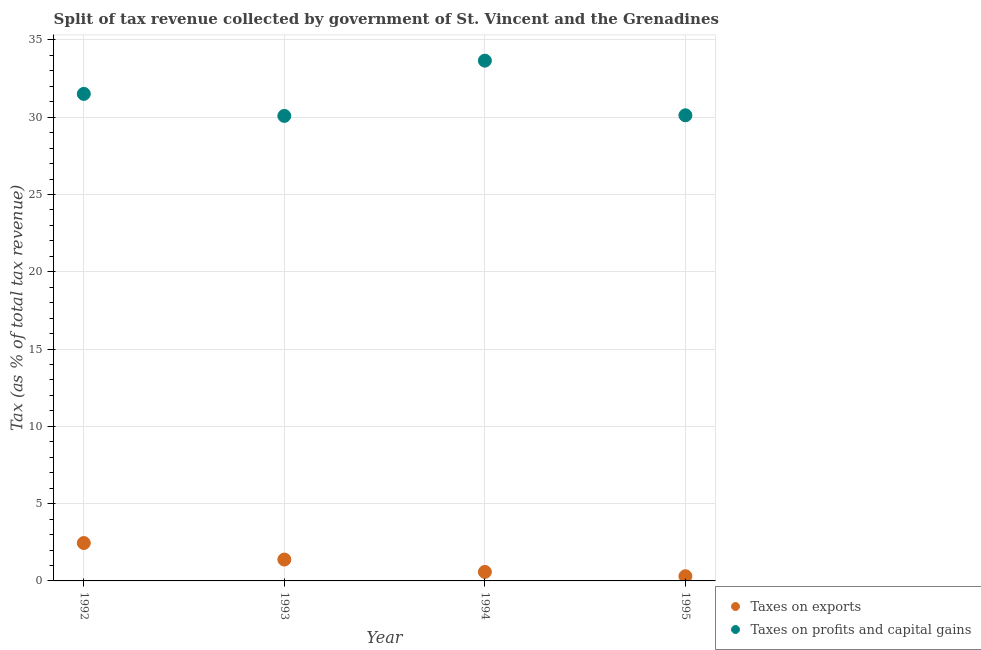
| Year | Taxes on exports | Taxes on profits and capital gains |
 | --- | --- | --- |
 | 1992 | 2.45 | 31.5 |
 | 1993 | 1.38 | 30.1 |
 | 1994 | 0.583 | 33.7 |
 | 1995 | 0.305 | 30.1 |